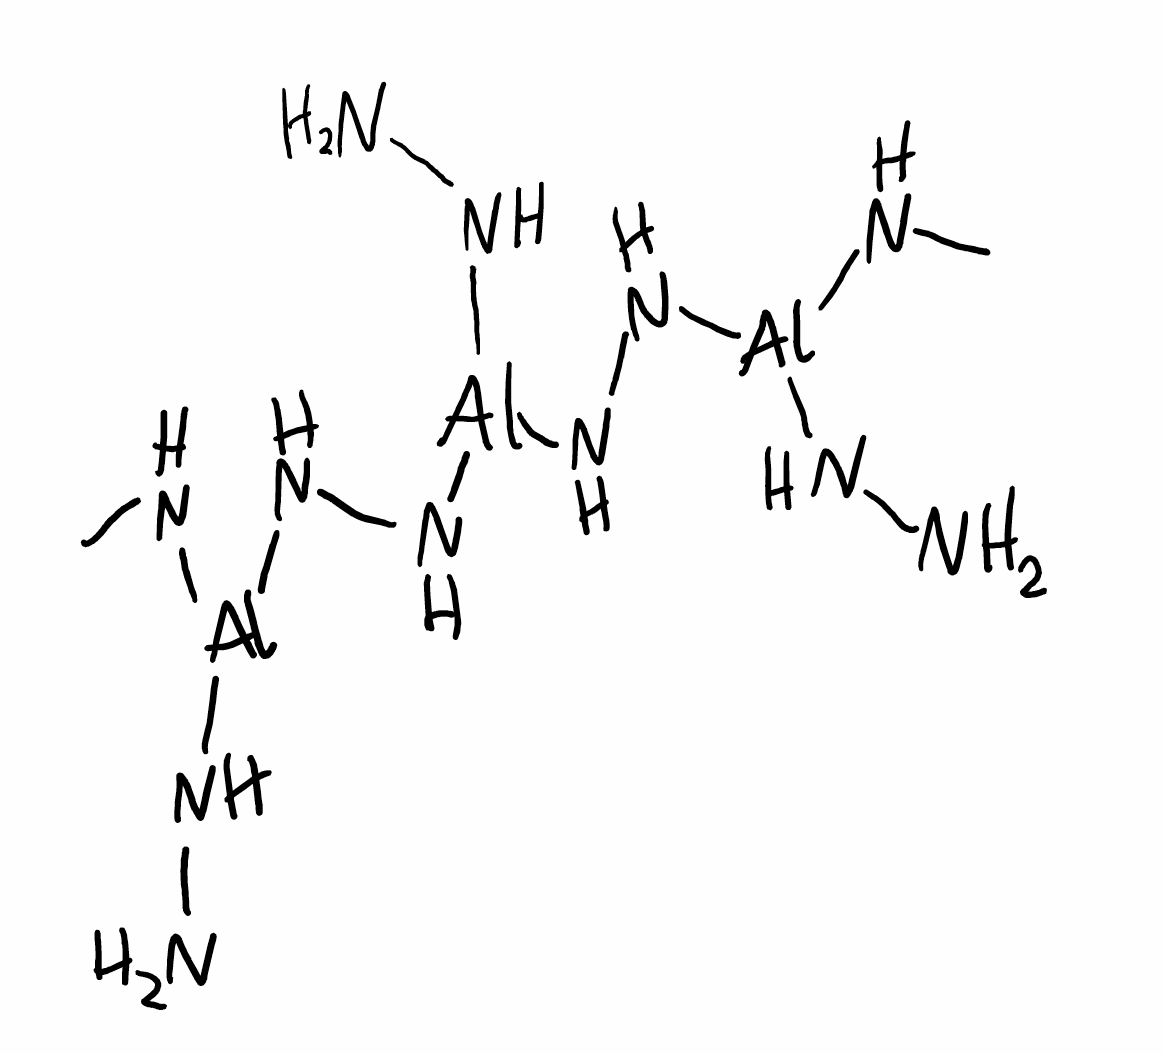
Simplified molecular-input line-entry system (SMILES) notation of the given molecule:
CN[Al](NN)NN[Al](NN)NN[Al](NC)NN